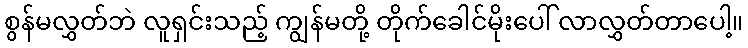
စွန်မလွှတ်ဘဲ လူရှင်းသည့် ကျွန်မတို့ တိုက်ခေါင်မိုးပေါ် လာလွှတ်တာပေါ့။